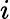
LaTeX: \displaystyle i